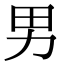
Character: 男